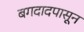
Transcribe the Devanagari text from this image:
बगदादपासून